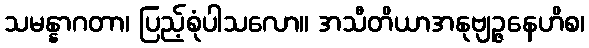
သမန္နာဂတာ၊ ပြည့်စုံပါသလော။ အသီတိယာအနုဗျဉ္ဇနေဟိစ၊